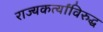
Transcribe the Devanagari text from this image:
राज्यकर्त्यांविरुद्ध